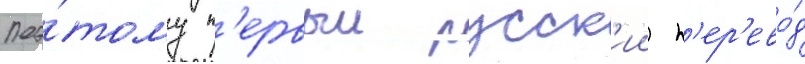
Поэ́тому п'ервыи русск'ии п'ер'ево́д